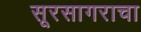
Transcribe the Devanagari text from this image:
सूरसागराचा